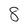
Character: 8